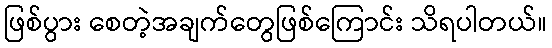
ဖြစ်ပွား စေတဲ့အချက်တွေဖြစ်ကြောင်း သိရပါတယ်။